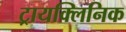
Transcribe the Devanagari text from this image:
ट्रायक्लिनिक